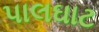
પાલઘાટ